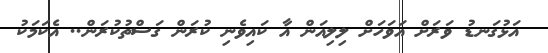
އަޅުގަނޑު ވަރަށް އަވަހަށް ލިލިއަން އާ ކައިވެނި ކުރަން ގަސްތުކުރަން.. އެކަމަކު